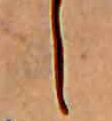
し